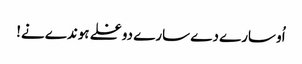
اُو سارے دے سارے دوغلے ہوندے نے!